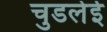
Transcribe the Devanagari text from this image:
चुडलेई